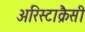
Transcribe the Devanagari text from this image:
अरिस्टाक्रैसी